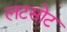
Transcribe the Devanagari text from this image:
लटसोट